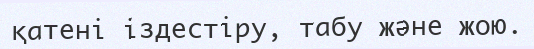
қатені іздестіру, табу және жою.